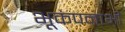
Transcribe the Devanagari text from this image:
भूकंपनाभी